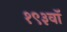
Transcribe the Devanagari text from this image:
१९३वॉ